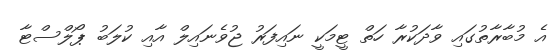
އެ މުބާރާތުގައި ވާދަކުރާ ހަތް ޓީމަކީ ނައިފަރު ޖުވެނައިލް އާއި ކުލަބު ޕޯލްސްޓާ